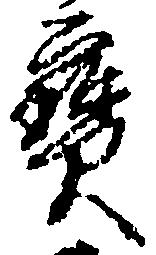
宝